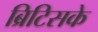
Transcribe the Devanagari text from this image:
ब्रिटिसके